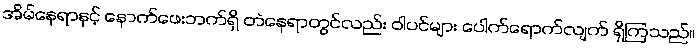
အိမ်နေရာနှင့် နောက်ဖေးဘက်ရှိ တဲနေရာတွင်လည်း ဝါပင်များ ပေါက်ရောက်လျက် ရှိကြသည်။